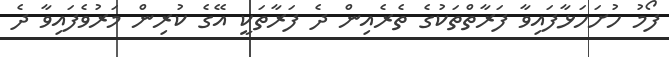
ފޯމު ހުށަހަޅާފައިވާ ފަރާތްތަކުގެ ތެރެއިން ދެ ފަރާތަކީ އޭގެ ކުރިން މަރުވެފައިވާ ދެ